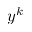
y ^ { k }